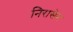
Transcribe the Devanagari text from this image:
निरासेन